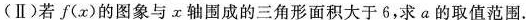
(II)若f(x)的图象与x轴围成的三角形面积大于6，求a的取值范围.